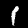
Label: 1